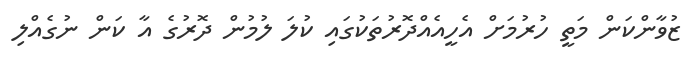
ޒުވާންކަން މަތީ ހުރުމަށް އެހީއެއްދޮރުތަކުގައި ކުލަ ލުމުން ދޮރުގެ އާ ކަން ނުގެއްލި